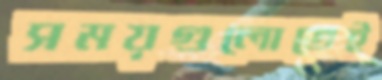
সময়গুলোতেই